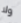
ولا